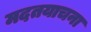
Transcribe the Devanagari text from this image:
मदतयाचना